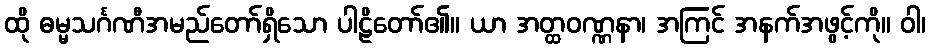
ထို ဓမ္မသင်္ဂဏီအမည်တော်ရှိသော ပါဠိတော်၏။ ယာ အတ္ထဝဏ္ဏနာ၊ အကြင် အနက်အဖွင့်ကို။ ဝါ၊